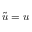
\tilde { u } = u